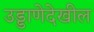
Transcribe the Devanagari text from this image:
उड्डाणेदेखील